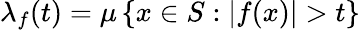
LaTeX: \lambda_{f}(t)=\mu\left\{ x\in S:|f(x)|>t\right\}